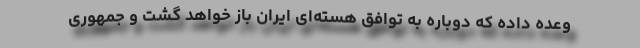
وعده داده که دوباره به توافق هسته‌ای ایران باز خواهد گشت و جمهوری